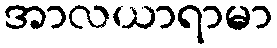
အာလယာရာမာ